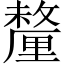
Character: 釐